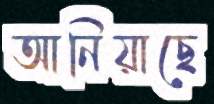
আনিয়াছে